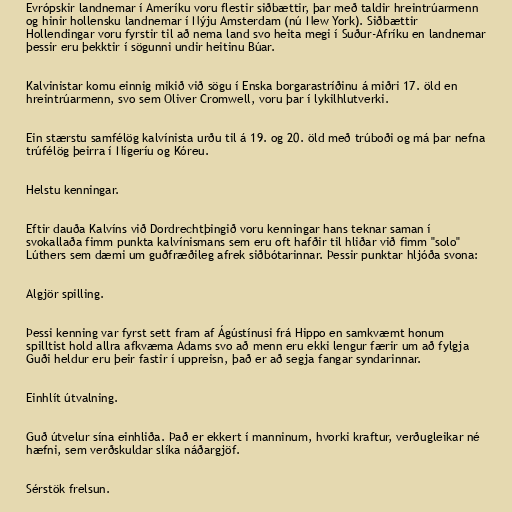
Evrópskir landnemar í Ameríku voru flestir siðbættir, þar með taldir hreintrúarmenn
og hinir hollensku landnemar í Nýju Amsterdam (nú New York). Siðbættir
Hollendingar voru fyrstir til að nema land svo heita megi í Suður-Afríku en landnemar
þessir eru þekktir í sögunni undir heitinu Búar.

Kalvinistar komu einnig mikið við sögu í Enska borgarastríðinu á miðri 17. öld en
hreintrúarmenn, svo sem Oliver Cromwell, voru þar í lykilhlutverki.

Ein stærstu samfélög kalvínista urðu til á 19. og 20. öld með trúboði og má þar nefna
trúfélög þeirra í Nígeríu og Kóreu.

Helstu kenningar.

Eftir dauða Kalvíns við Dordrechtþingið voru kenningar hans teknar saman í
svokallaða fimm punkta kalvínismans sem eru oft hafðir til hliðar við fimm "solo"
Lúthers sem dæmi um guðfræðileg afrek siðbótarinnar. Þessir punktar hljóða svona:

Algjör spilling.

Þessi kenning var fyrst sett fram af Ágústínusi frá Hippo en samkvæmt honum
spilltist hold allra afkvæma Adams svo að menn eru ekki lengur færir um að fylgja
Guði heldur eru þeir fastir í uppreisn, það er að segja fangar syndarinnar.

Einhlít útvalning.

Guð útvelur sína einhliða. Það er ekkert í manninum, hvorki kraftur, verðugleikar né
hæfni, sem verðskuldar slíka náðargjöf.

Sérstök frelsun.